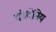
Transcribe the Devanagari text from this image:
दंबदेनिय